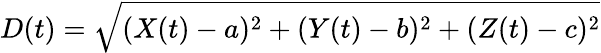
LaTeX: D(t)=\sqrt{(X(t)-a)^{2}+(Y(t)-b)^{2}+(Z(t)-c)^{2}}